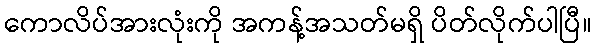
ကောလိပ်အားလုံးကို အကန့်အသတ်မရှိ ပိတ်လိုက်ပါပြီ။